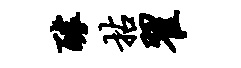
醵拈翟